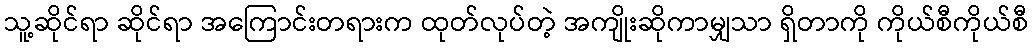
သူ့ဆိုင်ရာ ဆိုင်ရာ အကြောင်းတရားက ထုတ်လုပ်တဲ့ အကျိုးဆိုကာမျှသာ ရှိတာကို ကိုယ်စီကိုယ်စီ